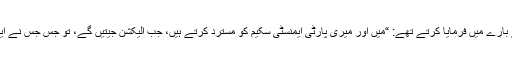
عمران گذشتہ حکومت کی ایمنسٹی سکیم کے بارے میں فرمایا کرتے تھے: “مَیں اور میری پارٹی ایمنسٹی سکیم کو مسترد کرتے ہیں، جب الیکشن جیتیں گے، تو جس جس نے ایمنسٹی لی ہو، ان سب کی تحقیقات کریں گے۔